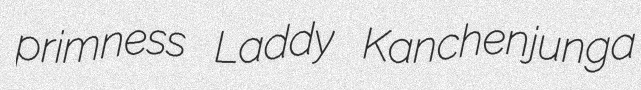
primness Laddy Kanchenjunga